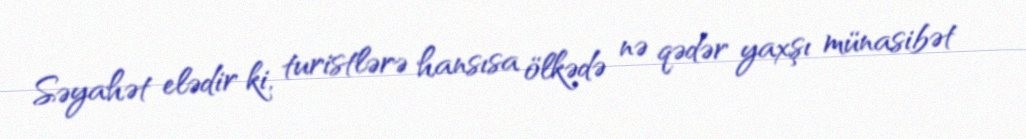
Səyahət elədir ki, turistlərə hansısa ölkədə nə qədər yaxşı münasibət